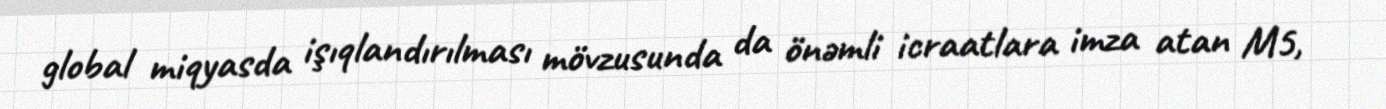
global miqyasda işıqlandırılması mövzusunda da önəmli icraatlara imza atan M5,